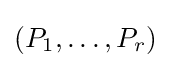
(P_{1},\ldots ,P_{r})